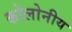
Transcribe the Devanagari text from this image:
कोलोनीय